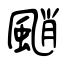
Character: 颵